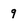
Character: 9